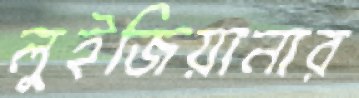
লুইজিয়ানার